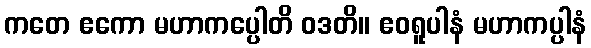
ကတေ ဧကော မဟာကပ္ပေါတိ ဝဒတိ။ ဧဝရူပါနံ မဟာကပ္ပါနံ